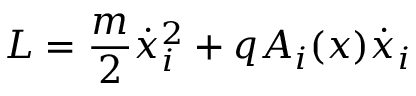
L = \frac { m } { 2 } \dot { x } _ { i } ^ { 2 } + q A _ { i } ( x ) \dot { x } _ { i }